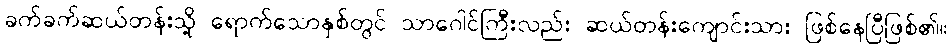
ခက်ခက်ဆယ်တန်းသို့ ရောက်သောနှစ်တွင် သာဂေါင်ကြီးလည်း ဆယ်တန်းကျောင်းသား ဖြစ်နေပြီဖြစ်၏။